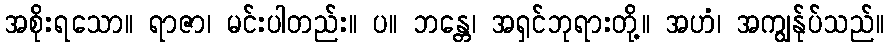
အစိုးရသော။ ရာဇာ၊ မင်းပါတည်း။ ပ။ ဘန္တေ၊ အရှင်ဘုရားတို့။ အဟံ၊ အကျွန်ုပ်သည်။